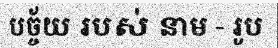
បច្ច័យ របស់ នាម - រូប